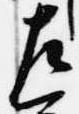
左